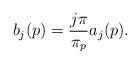
LaTeX: \begin{align*}b_j(p)=\frac{j\pi}{\pi_p} a_j(p).\end{align*}